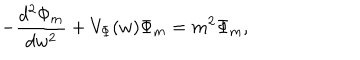
- \frac { d ^ { 2 } \Phi _ { m } } { d w ^ { 2 } } + V _ { \Phi } ( w ) \Phi _ { m } = m ^ { 2 } \Phi _ { m } ,